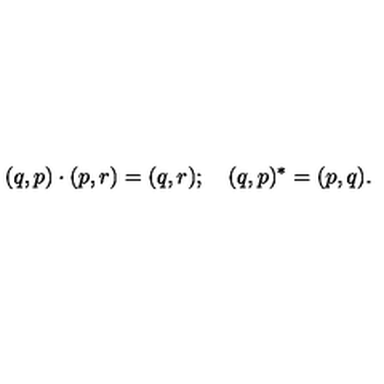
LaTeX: ( q , p ) \cdot ( p , r ) = ( q , r ) ; \quad ( q , p ) ^ { * } = ( p , q ) .